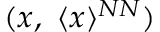
( x , ~ \langle x \rangle ^ { N N } )